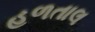
હળતાલ